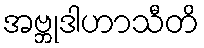
အဗ္ဘုဒါဟာသီတိ